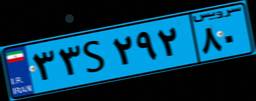
۳۳S۲۹۲۸۰